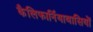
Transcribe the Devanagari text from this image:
कैलिफार्नियावासियों